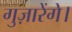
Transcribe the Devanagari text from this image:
गुज़ारेंगे।